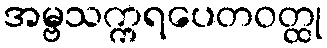
အမ္ဗသက္ကရပေတဝတ္ထု